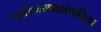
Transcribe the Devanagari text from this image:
पर्यटनस्थळांकरिता